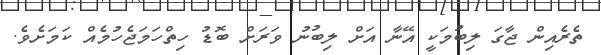
ތެރެއިން ޖާގަ ލިބުމަކީ އޭނާ އަށް ލިބުނު ވަރަށް ބޮޑު ހިތްހަމަޖެހުމެއް ކަމަށެވެ.